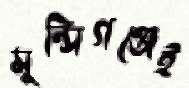
মুন্সিগঞ্জেই